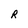
Character: R